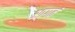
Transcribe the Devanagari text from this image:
आगतं